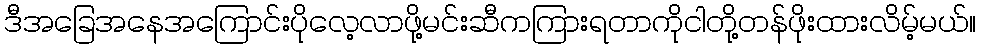
ဒီအခြေအနေအကြောင်းပိုလေ့လာဖို့မင်းဆီကကြားရတာကိုငါတို့တန်ဖိုးထားလိမ့်မယ်။